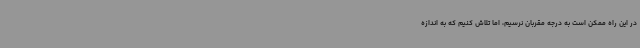
در این راه ممکن است به درجه مقربان نرسیم، اما تلاش کنیم که به اندازه